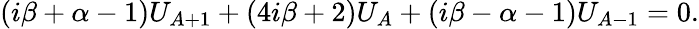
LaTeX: (i\beta+\alpha-1)U_{A+1}+(4i\beta+2)U_{A}+(i\beta-\alpha-1)U_{A-1}=0.